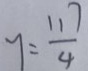
y = \frac { 1 1 7 } { 4 }